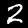
Label: 2